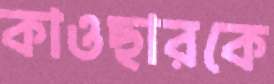
কাওছারকে